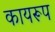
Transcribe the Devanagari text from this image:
कायरूप